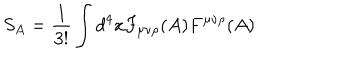
S _ { A } = \frac { 1 } { 3 ! } \int d ^ { 4 } x F _ { \mu \nu \rho } ( A ) F ^ { \mu \nu \rho } ( A ) \nonumber